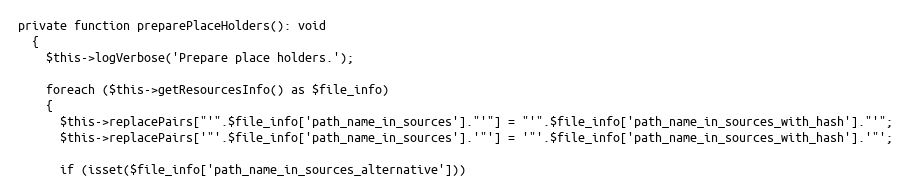
Language: PHP
private function preparePlaceHolders(): void
  {
    $this->logVerbose('Prepare place holders.');

    foreach ($this->getResourcesInfo() as $file_info)
    {
      $this->replacePairs["'".$file_info['path_name_in_sources']."'"] = "'".$file_info['path_name_in_sources_with_hash']."'";
      $this->replacePairs['"'.$file_info['path_name_in_sources'].'"'] = '"'.$file_info['path_name_in_sources_with_hash'].'"';

      if (isset($file_info['path_name_in_sources_alternative']))